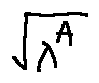
\sqrt { \lambda ^ { A } }